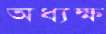
অধ্যক্ষ